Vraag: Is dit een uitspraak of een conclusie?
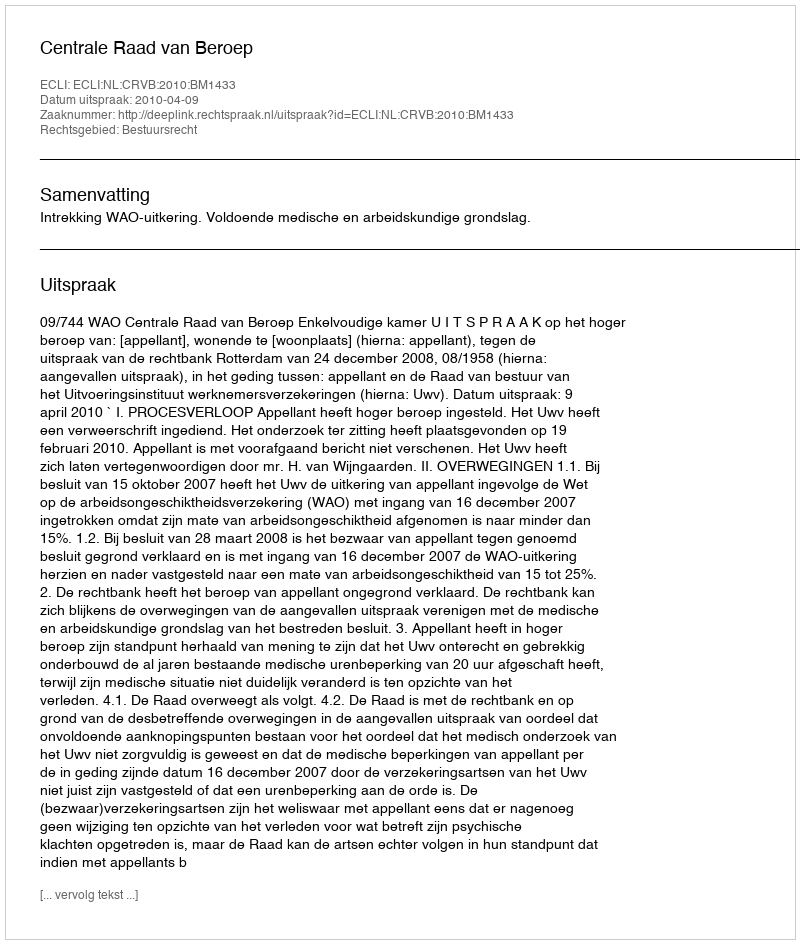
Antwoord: Uitspraak